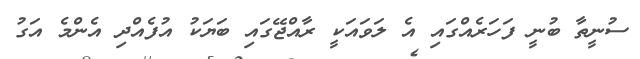
ސުނީތާ ބުނީ ފަހަރެއްގައި އެ ލަވައަކީ ރާއްޖޭގައި ބަޔަކު އުފެއްދި އެންމެ އަގު